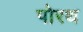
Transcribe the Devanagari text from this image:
पोरथ